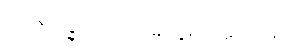
အာရက္ခဒါယကတ္ထေရ အပဒါန။